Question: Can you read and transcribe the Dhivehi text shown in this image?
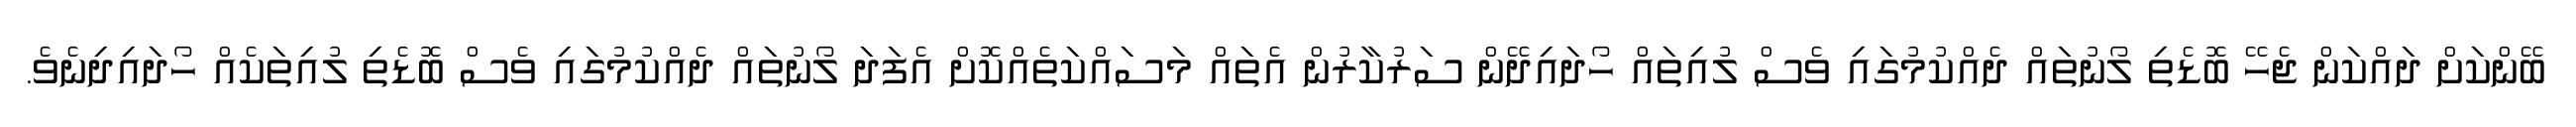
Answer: ބޭންކަށް ދައްކަން ޖެހޭ ބޮޑެތި ލޯނުތައް ދެއްކުމުގައި ވެސް ލުއިތައް ހޯދައިދޭން ސަރުކާރުން އެތައް މަސައްކަތެއްކޮށް އެފަދަ ލޯނުތައް ދެއްކުމުގައި ވެސް ބޮޑެތި ލުއިތަކެއް ހޯދައިދިނެވެ.